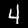
Digit: 4